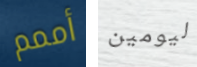
أممم ليومين